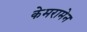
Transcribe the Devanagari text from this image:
केमरामेन